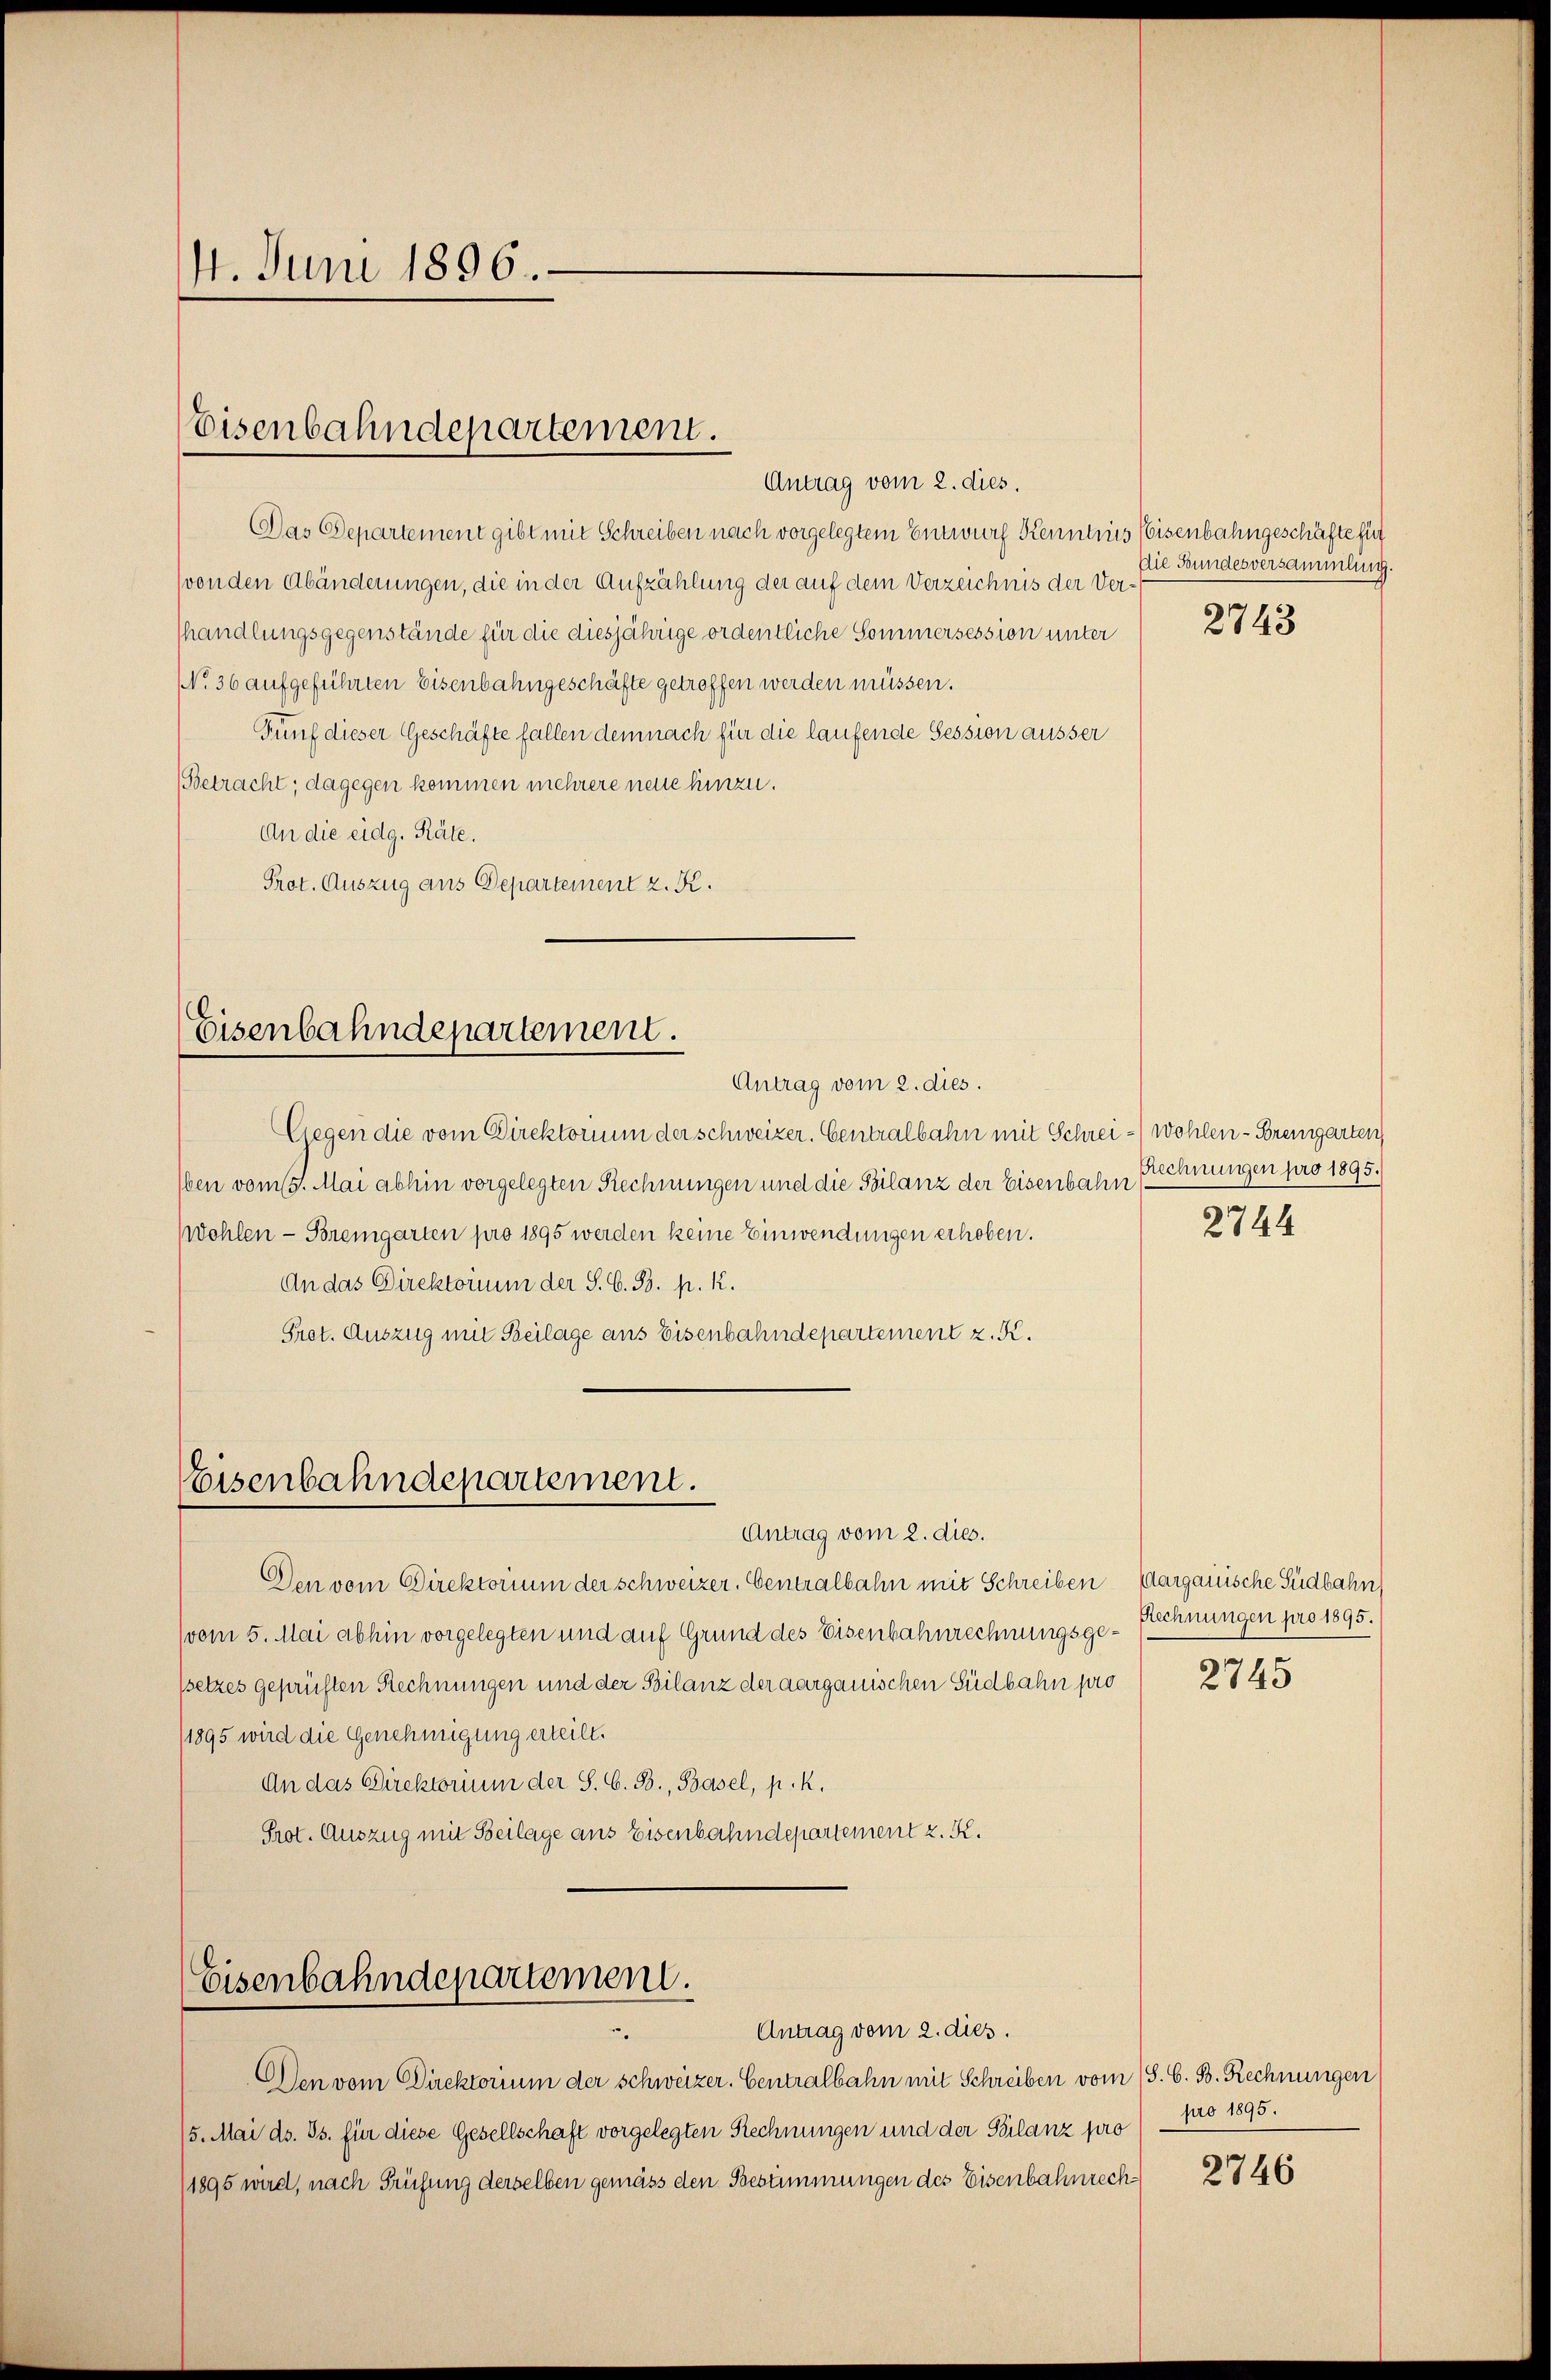
14. Juni 1896

Eisenbahndepartement.

Antrag vom 2. dies.
Das Departement gibt mit Schreiben nach vorgelegtem Entwurf Kenntnis eisenbahngeschäfte hint
von den Abänderungen, die in der Aufzählung der auf dem Verzeichnis der Verhandlungsgegenstände für die diesjährige ordentliche Sommersession unter
NNo. 36 aufgeführten Eisenbahngeschäfte getroffen werden müssen.
Fünf dieser Geschäfte fallen demnach für die laufende Session äusser
Betracht; dagegen kommen mehrere neue hinzu.
An die eidg. Räte.
Prot. Auszug aus Departement z. K.

Eisenbahndepartement.
Antrag vom 2. dies.

Eisenbahndepartement.
Antrag vom 2. dies.

Gegen die vom Direktorium der schweizer. Centralbahn mit Schrei-Wohlen - Bremgarten
Oben vom 5. Mai abhin vorgelegten Rechnungen und die Bilanz der Eisenbahn
Wohlen - Bremgarten pro 1895 werden keine Einwendungen erhoben.
An das Direktorium der S. G. B. p. k.
Pret. Auszug mit Beilage aus Eisenbahndepartement z. K.

Eisenbahndepartement.
Antrag vom 2. dies.

Den vom Direktorium der schweizer. Centralbahn mit Schreiben Aargauische Südbahn
(vom 5. Mai abhin vorgelegten und auf Grund des Eisenbahnrechnungsge¬
Psetzes geprüften Rechnungen und der Bilanz der aargauischen Südbahn pro
1895 wird die Genehmigung erteilt.
An das Direktorium der S. G. B., Basel, p. k.
Prot. Auszug mit Beilage aus Eisenbahndepartement z. K.

Die Bundesversammlung.

Den vom Direktorium der schweizer. Centralbahn mit Schreiben vom 18. G. B. Rechnungen
15. Mai ds. ds. für diese Gesellschaft vorgelegten Rechnungen und der Bilanz pro
1895 wird, nach Prüfung derselben gemäss den Bestimmungen des Eisenbahnrech¬

2743

Rechnungen pro 1895.

2744

Rechnungen pro 1895.

2745

pro 1895.

2746